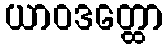
ယာဝဒတ္ထော